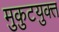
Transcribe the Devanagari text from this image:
मुकुटयुक्त